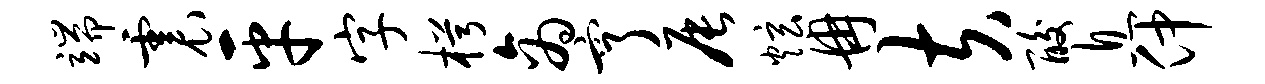
端震平字枵商亨辰炫冉夫酸息仲